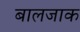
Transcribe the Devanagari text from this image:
बालजाक